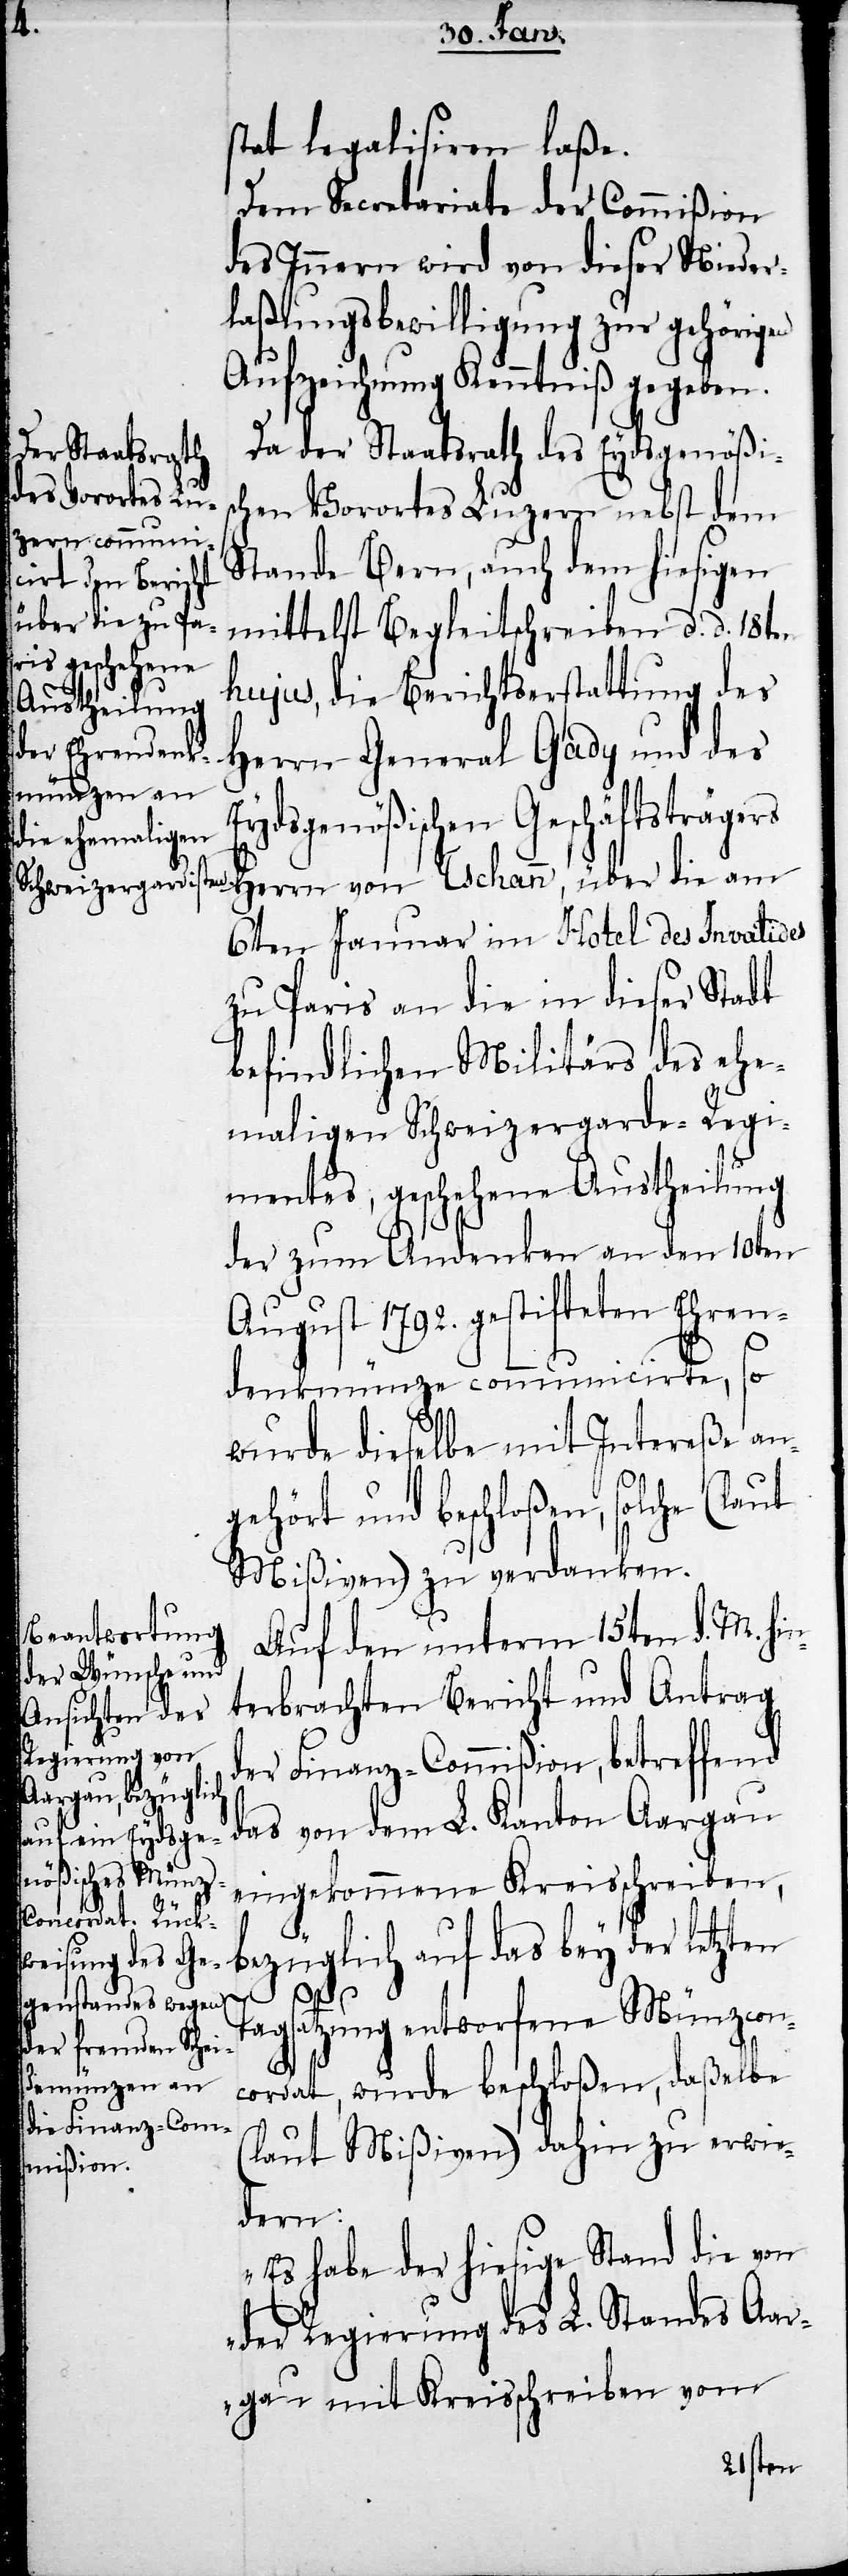
stat legalisiren laße.
Dem Secretariate der Commißion
des Innern wird von dieser Nieder¬
laßungsbewilligung zur gehörigen
Aufzeichnung Kenntniß gegeben.
Da der Staatsrath des Eydsgenößis¬
chen Vorortes Luzern nebst dem
Herrn von
Stande Bern, auch dem hiesigen
mittelst Begleitschreiben d. d. 18ten
hujus, die Berichtserstattung des
Herrn General Gady und des
Eydsgenößischen Geschäftsträgers
6ten Januar im Hotel des Invalides
zu Paris an die in dieser Stadt
befindlichen Militärs des ehe¬
maligen Schweizergarde-Regi¬
mentes, geschehene Austheilung
der zum Andenken an den 10ten
August 1792. gestifteten Ehran¬
denkmünze communicirte,
wurde dieselbe mit Intereße an¬
gehört und beschloßen, solche (laut
Mißiven) zu verdanken.
Auf den unterm 15ten d. M. hi¬
terbrachten Bericht und Antrag
der Finanz-Commißion, betreffend
der letzten
das von dem L. Kanton Aargau
eingekommene Kreisschreiben,
n¬
Tagsatzung entworfene Münzcon¬
cordat, wurde beschloßen, daßelbe
(laut Mißiven) dahin zu erwie¬
dern:
„Es habe der hiesige Stand die von
der Regierung des L. Standes Aar¬
gau mit Kreisschreiben vom